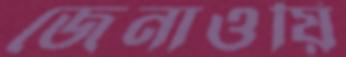
জেনাওয়ি